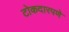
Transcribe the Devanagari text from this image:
टोकदारपणे